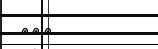
١٠٠